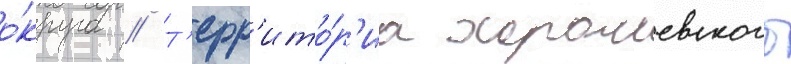
о́круга // Т'ерр'ито́р'иа хорошевского